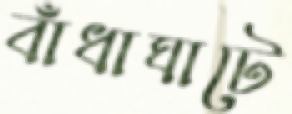
বাঁধাঘাটে